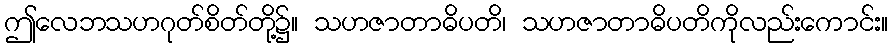
ဤလေဘသဟဂုတ်စိတ်တို့၌။ သဟဇာတာဓိပတိ၊ သဟဇာတာဓိပတိကိုလည်းကောင်း။